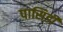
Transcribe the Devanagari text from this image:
पासिडी